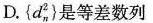
D.\left\{d_{n}^{2}\right\}是等差数列